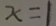
x = 1